Bulletin of the Pasteur Institute of Southern India, Coonoor - No. 2.
Year: 1909
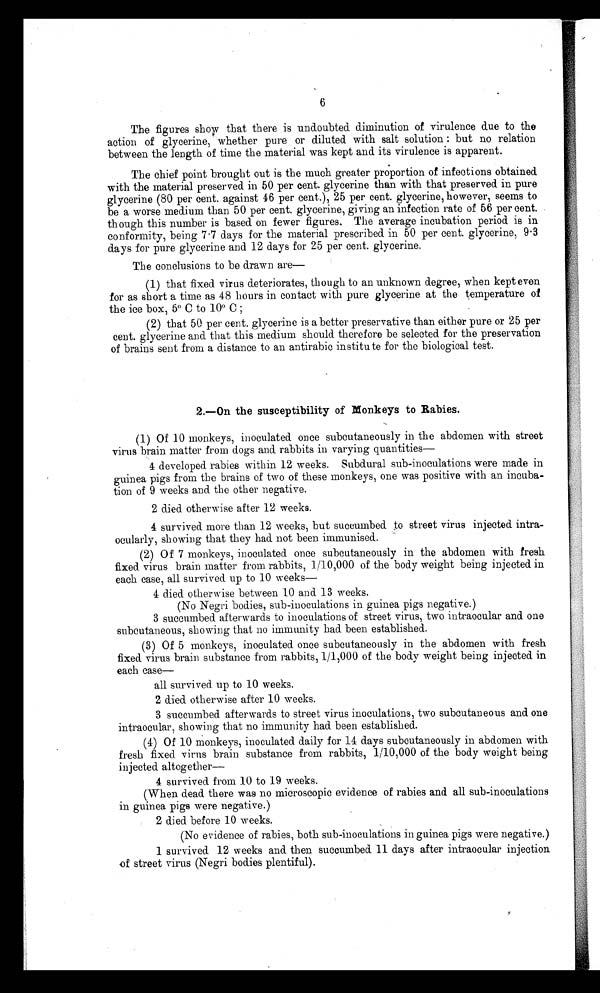
6
The figures show that there is undoubted diminution of virulence due to the
action of glycerine, whether pure or diluted with salt solution : but no relation
between the length of time the material was kept and its virulence is apparent.
The chief point brought out is the much greater proportion of infections obtained
with the material preserved in 50 per cent. glycerine than with that preserved in pure
glycerine (80 per cent. against 46 per cent.), 25 per cent. glycerine, however, seems to
be a worse medium than 50 per cent. glycerine, giving an infection rate of 56 per cent.
though this number is based on fewer figures. The average incubation period is in
conformity, being 7 . 7 days for the material prescribed in 50 per cent. glycerine, 9.3
days for pure glycerine and 12 days for 25 per cent. glycerine.
The conclusions to be drawn are—
(1) that fixed virus deteriorates, though to an unknown degree, when kept even
for as short a time as 48 hours in contact with pure glycerine at the temperature of
the ice box, 5° C to 10° C ;
(2) that 50 per cent. glycerine is a better preservative than either pure or 25 per
cent. glycerine and that this medium should therefore be selected for the preservation
of brains sent from a distance to an antirabic institu to for the biological test.
2.—On the susceptibility of Monkeys to Rabies.
(1) Of 10 monkeys, inoculated once subcutaneously in the abdomen with street
virus brain matter from dogs and rabbits in varying quantities
—
4 developed rabies within 12 weeks. Subdural sub-inoculations were made in
guinea pigs from the brains of two of these monkeys, one was positive with an incuba-
tion of 9 weeks and the other negative.
2 died otherwise after 12 weeks.
4 survived more than 12 weeks, but succumbed to street virus injected intra-
ocularly, showing that they had not been immunised.
(2) Of 7 monkeys, inoculated once subcutaneously in the abdomen with fresh
fixed virus brain matter from rabbits, 1/10,000 of the body weight being injected in
each case, all survived up to 10 weeks-
4 died otherwise between 10 and 13 weeks.
(No Negri bodies, sub-inoculations in guinea pigs negative.)
3 succumbed afterwards to inoculations of street virus, two intraocular and one
subcutaneous, showing that no immunity had been established.
(3) Of 5 monkeys, inoculated once subcutaneously in the abdomen with fresh
fixed virus brain substance from rabbits, 1/1,000 of the body weight being injected in
each case—
all survived up to 10 weeks.
2 died otherwise after 10 weeks.
3 succumbed afterwards to street virus inoculations, two subcutaneous and one
intraocular, showing that no immunity had been established.
(4) Of 10 monkeys, inoculated daily for 14 days subcutaneously in abdomen with
fresh fixed. virus brain substance from rabbits, 110,000 of the body weight being
injected altogether
—
4 survived from 10 to 19 weeks.
(When dead there was no microscopic evidence of rabies and all sub-inoculations
in guinea pigs were negative.)
2 died before 10 weeks.
(No evidence of rabies, both sub-inoculations in guinea pigs were negative.)
1 survived 12 weeks and then succumbed 11 days after intraocular injection
of street virus (Negri bodies plentiful).